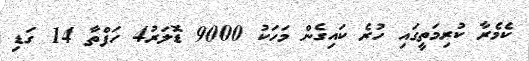
ކެމެރާ ކުރިމަތީގައި ހުރެ ކައިގެން މަހަކު 9000 ޑޮލަރު4 ހަފްތާ 14 ގަޑި